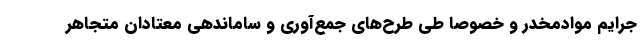
جرایم موادمخدر و خصوصاً طی طرح‌های جمع‌آوری و ساماندهی معتادان متجاهر